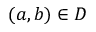
( a , b ) \in D